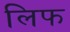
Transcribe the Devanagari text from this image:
लिफ